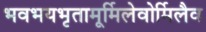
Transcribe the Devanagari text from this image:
भवभयभृतामूर्मिलेवोर्मिलैव